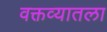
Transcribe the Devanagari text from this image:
वक्तव्यातला